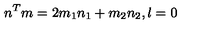
n ^ { T } m = 2 m _ { 1 } n _ { 1 } + m _ { 2 } n _ { 2 } , l = 0